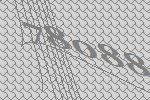
78088